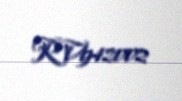
RV942002